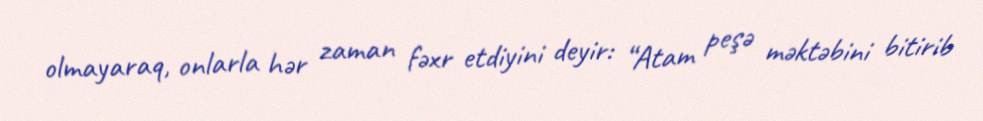
olmayaraq, onlarla hər zaman fəxr etdiyini deyir: “Atam peşə məktəbini bitirib